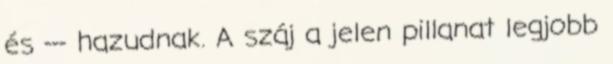
és --- hazudnak. A száj a jelen pillanat legjobb